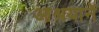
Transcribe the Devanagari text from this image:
आश्रयानें